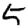
Digit: 5